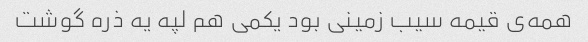
همه‌ی قیمه سیب زمینی بود یکمی هم لپه یه ذره گوشت